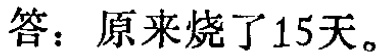
答：原来烧了15天。